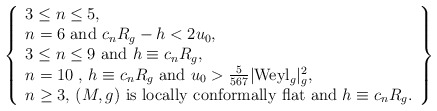
\begin{align*}\left\{\begin{array}{l}3\leq n\leq 5,\\n=6\hbox{ and } c_n R_g-h< 2u_0,\\3\leq n\leq 9 \hbox{ and }h\equiv c_n R_g,\\n=10 \hbox{ , }h\equiv c_n R_g\hbox{ and }u_0>\frac{5}{567}|\hbox{Weyl}_g|_g^2,\\n\geq 3,\, (M,g)\hbox{ is locally conformally flat and }h\equiv c_n R_g.\end{array}\right\}\end{align*}